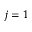
j = 1